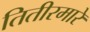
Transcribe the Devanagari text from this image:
तितीरमारे